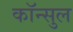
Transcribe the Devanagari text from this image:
कॉन्सुल